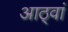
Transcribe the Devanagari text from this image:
आठ्वां